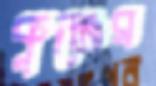
কুঞ্জের